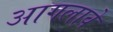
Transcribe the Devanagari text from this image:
आगलावे